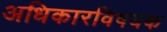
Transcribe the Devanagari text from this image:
अधिकारविषयक